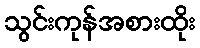
သွင်းကုန်အစားထိုး